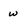
Character: w